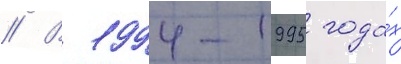
// В 1994-1995 года́х